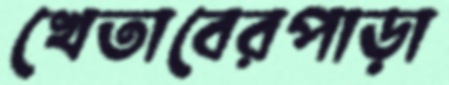
খেতাবেরপাড়া